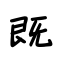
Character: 既